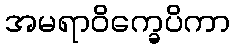
အမရာဝိက္ခေပိကာ